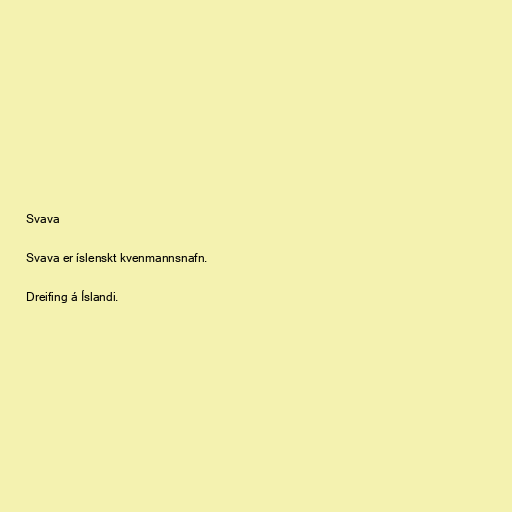
Svava

Svava er íslenskt kvenmannsnafn.

Dreifing á Íslandi.